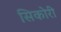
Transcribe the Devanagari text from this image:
सिकोरी